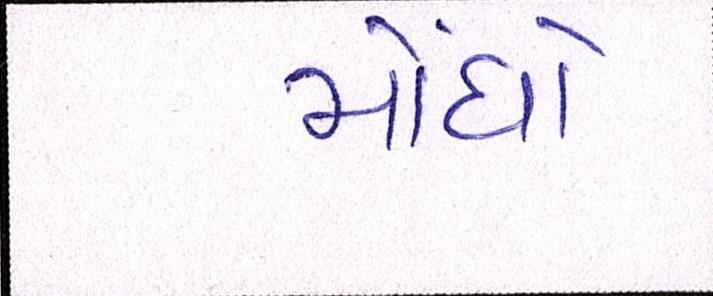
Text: મોંધો